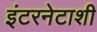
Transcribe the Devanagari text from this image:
इंटरनेटाशी